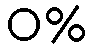
ဝ%